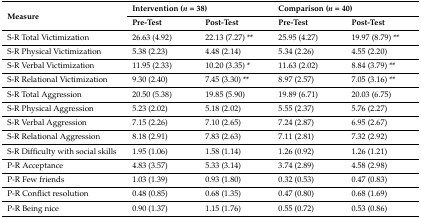
<table><thead><tr><td rowspan="2"><b>Measure</b></td><td colspan="2"><b>Intervention (<i>n</i> = 38)</b></td><td colspan="2"><b>Comparison (<i>n</i> = 40)</b></td></tr><tr><td><b>Pre-Test</b></td><td><b>Post-Test</b></td><td><b>Pre-Test</b></td><td><b>Post-Test</b></td></tr></thead><tbody><tr><td>S-R Total Victimization</td><td>26.63 (4.92)</td><td>22.13 (7.27) **</td><td>25.95 (4.27)</td><td>19.97 (8.79) **</td></tr><tr><td>S-R Physical Victimization</td><td>5.38 (2.23)</td><td>4.48 (2.14)</td><td>5.34 (2.26)</td><td>4.55 (2.20)</td></tr><tr><td>S-R Verbal Victimization</td><td>11.95 (2.33)</td><td>10.20 (3.35) *</td><td>11.63 (2.02)</td><td>8.84 (3.79) **</td></tr><tr><td>S-R Relational Victimization</td><td>9.30 (2.40)</td><td>7.45 (3.30) **</td><td>8.97 (2.57)</td><td>7.05 (3.16) **</td></tr><tr><td>S-R Total Aggression</td><td>20.50 (5.38)</td><td>19.85 (5.90)</td><td>19.89 (6.71)</td><td>20.03 (6.75)</td></tr><tr><td>S-R Physical Aggression</td><td>5.23 (2.02)</td><td>5.18 (2.02)</td><td>5.55 (2.37)</td><td>5.76 (2.27)</td></tr><tr><td>S-R Verbal Aggression</td><td>7.15 (2.26)</td><td>7.10 (2.65)</td><td>7.24 (2.87)</td><td>6.95 (2.67)</td></tr><tr><td>S-R Relational Aggression</td><td>8.18 (2.91)</td><td>7.83 (2.63)</td><td>7.11 (2.81)</td><td>7.32 (2.92)</td></tr><tr><td>S-R Difficulty with social skills</td><td>1.95 (1.06)</td><td>1.58 (1.14)</td><td>1.26 (0.92)</td><td>1.26 (1.21)</td></tr><tr><td>P-R Acceptance</td><td>4.83 (3.57)</td><td>5.33 (3.14)</td><td>3.74 (2.89)</td><td>4.58 (2.98)</td></tr><tr><td>P-R Few friends</td><td>1.03 (1.39)</td><td>0.93 (1.80)</td><td>0.32 (0.53)</td><td>0.47 (0.83)</td></tr><tr><td>P-R Conflict resolution</td><td>0.48 (0.85)</td><td>0.68 (1.35)</td><td>0.47 (0.80)</td><td>0.68 (1.69)</td></tr><tr><td>P-R Being nice</td><td>0.90 (1.37)</td><td>1.15 (1.76)</td><td>0.55 (0.72)</td><td>0.53 (0.86)</td></tr></tbody></table>